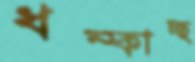
ধম্‌কাচ্ছ